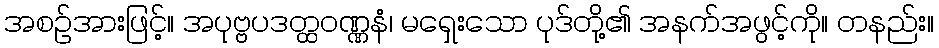
အစဉ်အားဖြင့်။ အပုဗ္ဗပဒတ္ထဝဏ္ဏနံ၊ မရှေးသော ပုဒ်တို့၏ အနက်အဖွင့်ကို။ တနည်း။